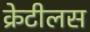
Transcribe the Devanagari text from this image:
क्रेटीलस